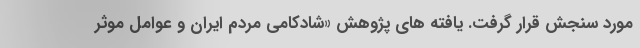
مورد سنجش قرار گرفت. یافته های پژوهش «شادکامی مردم ایران و عوامل موثر